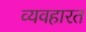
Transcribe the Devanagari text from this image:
व्‍यवहारत